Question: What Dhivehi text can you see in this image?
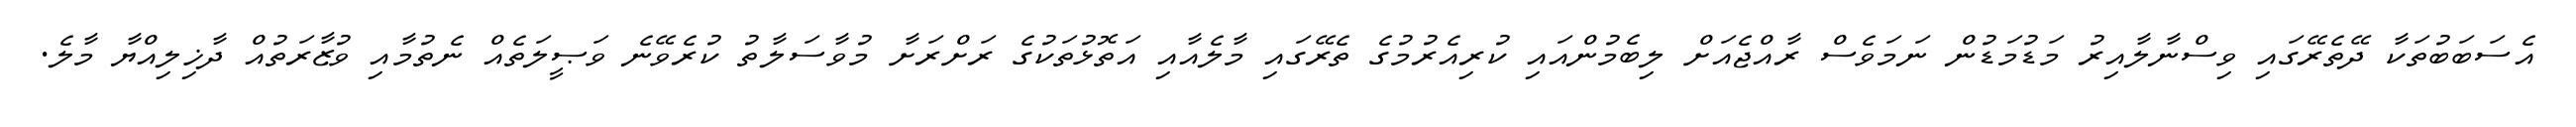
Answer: އެސަބަބުތަކާ ދޭތެރޭގައި ވިސްނާލާއިރު މަޑުމަޑުން ނަމަވެސް ރާއްޖެއަށް ލިބެމުންއައި ކުރިއެރުމުގެ ތެރޭގައި މާލެއާއި އަތޮޅުތަކުގެ ރަށްރަށާ މުވާސަލާތު ކުރެވޭނެ ވަޞީލަތެއް ނެތުމާއި ވުޒާރަތުއް ދާޚިލިއްޔާ މާލެ.